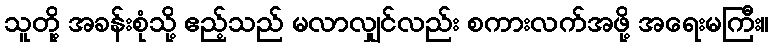
သူတို့ အခန်းစုံသို့ ဧည့်သည် မလာလျှင်လည်း စကားလက်အဖို့ အရေးမကြီး။